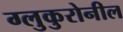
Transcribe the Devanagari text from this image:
ग्लुकुरोनील